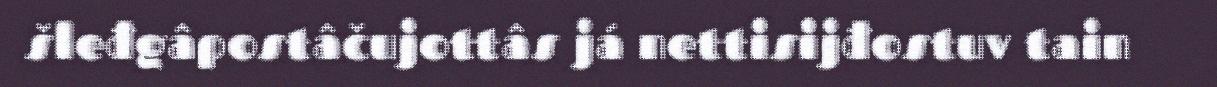
šleđgâpostâčujottâs já nettisijđostuv tain